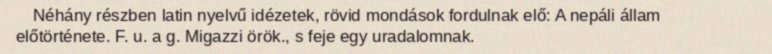
Néhány részben latin nyelvű idézetek, rövid mondások fordulnak elő: A nepáli állam előtörténete. F. u. a g. Migazzi örök., s feje egy uradalomnak.